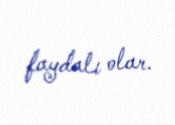
faydalı olar.